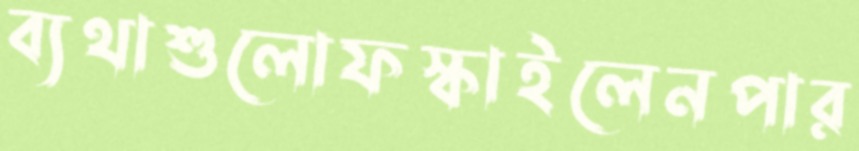
ব্যথাশুলোফস্‌কাইলেনপার